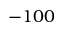
- 1 0 0